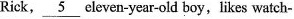
Rick, \underline{ 5 } eleven-year-old boy,likes watch-